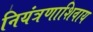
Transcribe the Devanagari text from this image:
नियंत्रणाशिवाय